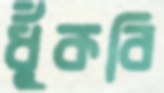
ধুঁকবি